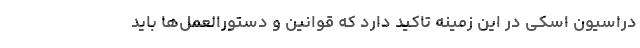
دراسیون اسکی در این زمینه تاکید دارد که قوانین و دستورالعمل‌ها باید